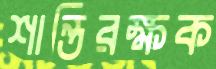
শান্তিরক্ষক